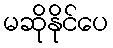
မဆိုနိုင်ပေ